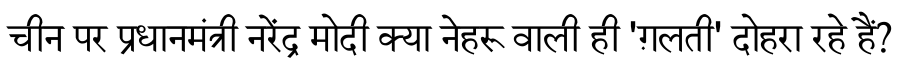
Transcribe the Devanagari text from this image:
चीन पर प्रधानमंत्री नरेंद्र मोदी क्या नेहरू वाली ही 'ग़लती' दोहरा रहे हैं?